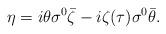
LaTeX: \begin{align*}\eta = i \theta\sigma^0 \bar \zeta -i \zeta (\tau)\sigma^0\bar \theta.\end{align*}